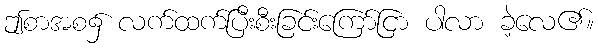
ဤစာအစ၌ လက်ထက်ပြီးစီးခြင်းကြော်ငြာ ပါလာ ခဲ့လေ၏။